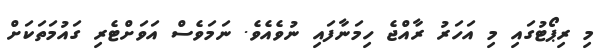
މި ރިޕޯޓުގައި މި އަހަރު ރާއްޖެ ހިމަނާފައި ނުވެއެވެ. ނަމަވެސް އަވަށްޓެރި ގައުމަތަކަށް